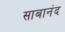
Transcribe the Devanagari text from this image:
साबानंद